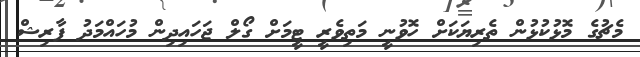
މެޗުގެ މޮޅުކުޅުން ތެރިޔަކަށް ހޮވުނީ މަތިވެރީ ޓީމަށް ގޯލް ޖަހައިދިން މުހައްމަދު ފާރިޝް